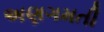
અણગમતી